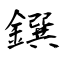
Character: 鐉